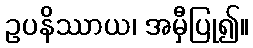
ဥပနိဿာယ၊ အမှီပြု၍။